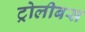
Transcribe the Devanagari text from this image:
ट्रोलीबस